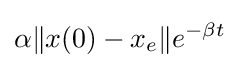
\alpha \|x(0)-x_{e}\|e^{-\beta t}